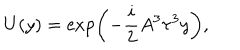
LaTeX: U ( y ) = \exp \left( - \frac { i } { 2 } A ^ { 3 } \tau ^ { 3 } y \right) ,